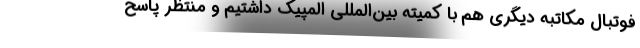
فوتبال مکاتبه دیگری هم با کمیته بین‌المللی المپیک داشتیم و منتظر پاسخ